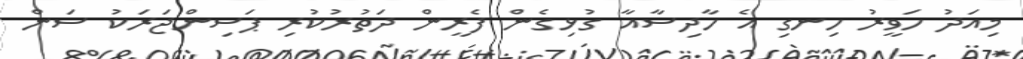
މިއަދު ހަވީރު ހިނގި އެ ހާދިސާއާ ގުޅިގެން ފެރީން ދަތުރުކުރި ޕަސިންޖަރަކު ސަން